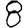
Digit: 8